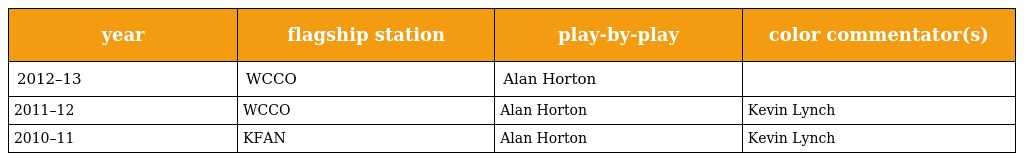
| year | flagship station | play-by-play | color commentator(s) |
 | --- | --- | --- | --- |
 | 2012–13 | WCCO | Alan Horton |  |
 | 2011–12 | WCCO | Alan Horton | Kevin Lynch |
 | 2010–11 | KFAN | Alan Horton | Kevin Lynch |